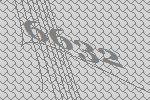
6632